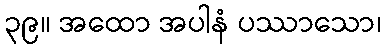
၃၉။ အထော အပါနံ ပဿာသော၊